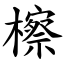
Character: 檫